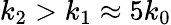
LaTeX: k_{2}>k_{1}\approx 5k_{0}